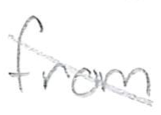
Text: from
Cross-out: diagonal
Writing tool: pencil